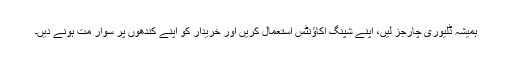
ہمیشہ ڈلیوری چارجز لیں، اپنے شپنگ اکاؤنٹس استعمال کریں اور خریدار کو اپنے کندھوں پر سوار مت ہونے دیں۔